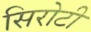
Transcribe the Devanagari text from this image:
सिरोटी